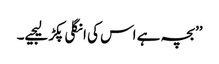
’’بچہ ہے اس کی انگلی پکڑ لیجیے۔